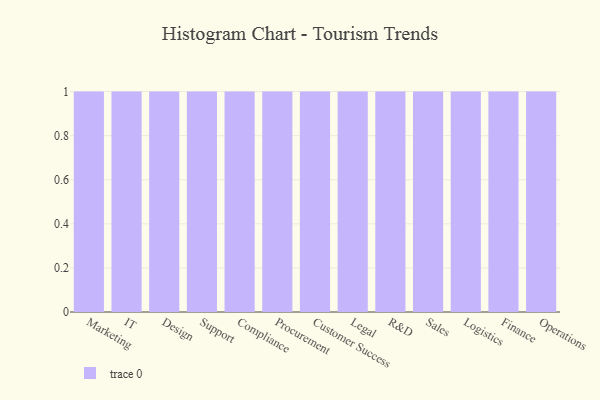
{"axis": {"x": "Department", "y": "Humidity (%)"}, "legend": [""], "data": [{"x": "Marketing", "y": 6, "type": ""}, {"x": "IT", "y": 25, "type": ""}, {"x": "Design", "y": 60, "type": ""}, {"x": "Support", "y": 39, "type": ""}, {"x": "Compliance", "y": 74, "type": ""}, {"x": "Procurement", "y": 34, "type": ""}, {"x": "Customer Success", "y": 70, "type": ""}, {"x": "Legal", "y": 34, "type": ""}, {"x": "R&D", "y": 80, "type": ""}, {"x": "Sales", "y": 80, "type": ""}, {"x": "Logistics", "y": 97, "type": ""}, {"x": "Finance", "y": 98, "type": ""}, {"x": "Operations", "y": 12, "type": ""}]}